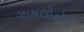
ગામલોકોના